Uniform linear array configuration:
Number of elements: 64
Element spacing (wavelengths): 0.25
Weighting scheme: hann
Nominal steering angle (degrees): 60
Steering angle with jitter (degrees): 58.502
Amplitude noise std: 0.05
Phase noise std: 0.05

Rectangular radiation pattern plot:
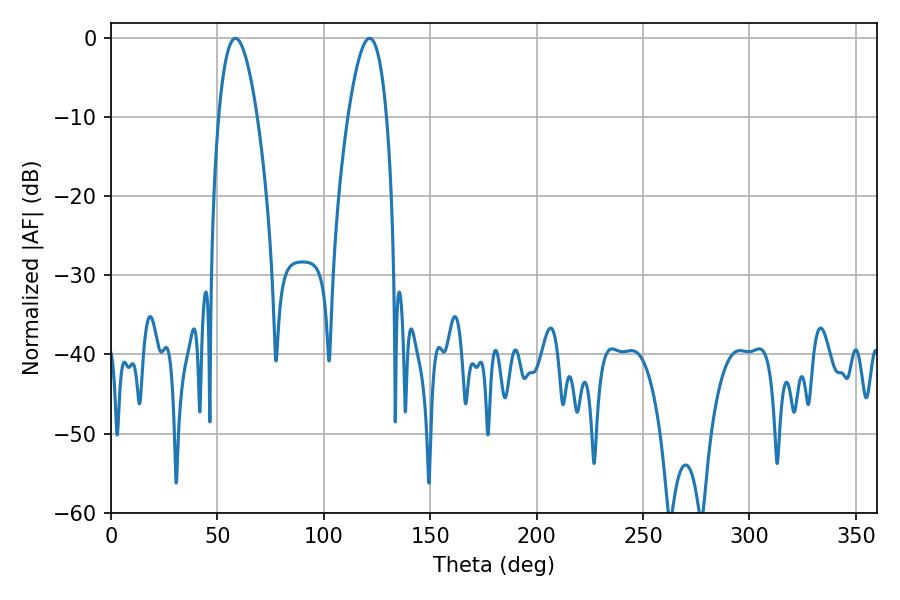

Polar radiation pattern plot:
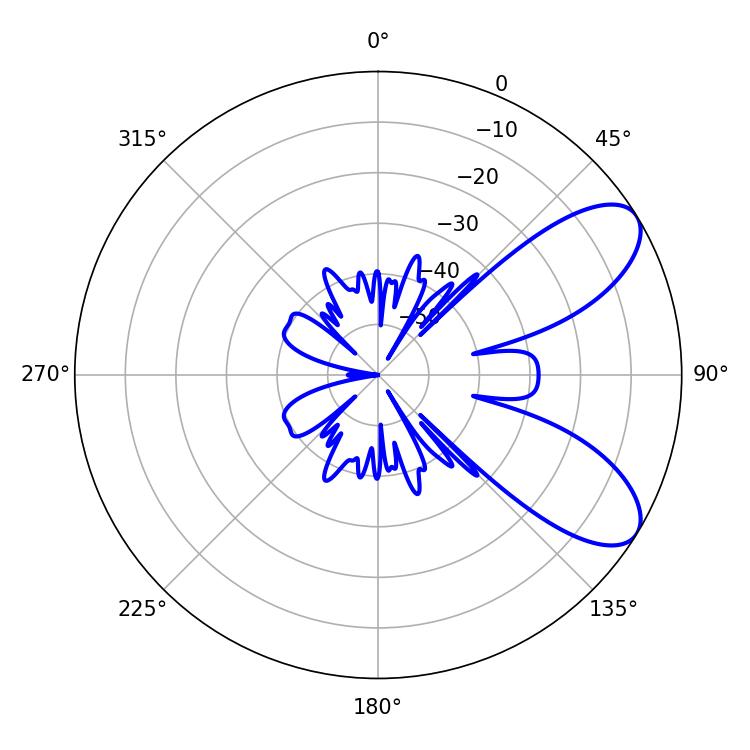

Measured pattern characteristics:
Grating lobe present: FALSE
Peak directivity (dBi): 7.952
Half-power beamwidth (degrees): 10.08
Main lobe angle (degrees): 58.5